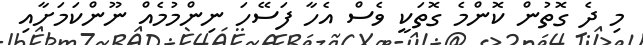
މި ދެ ގޮތުން ކޮންމެ ގޮތަކީ ވެސް އެހާ ފަސޭހަ ނިންމުމެއް ނޫންކަމަށާއި